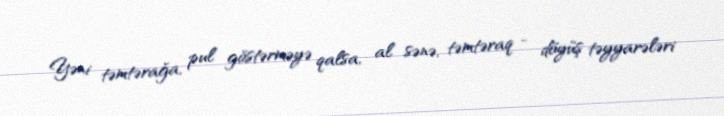
Yəni təmtərağa, pul göstərməyə qalsa, al sənə, təmtəraq - döyüş təyyarələri